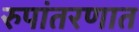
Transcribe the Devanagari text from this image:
रुपांतरणात